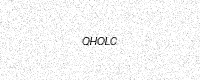
Text: QHOLC